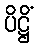
ပိဋ္ဌိံ